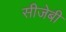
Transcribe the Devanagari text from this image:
सीजेबी